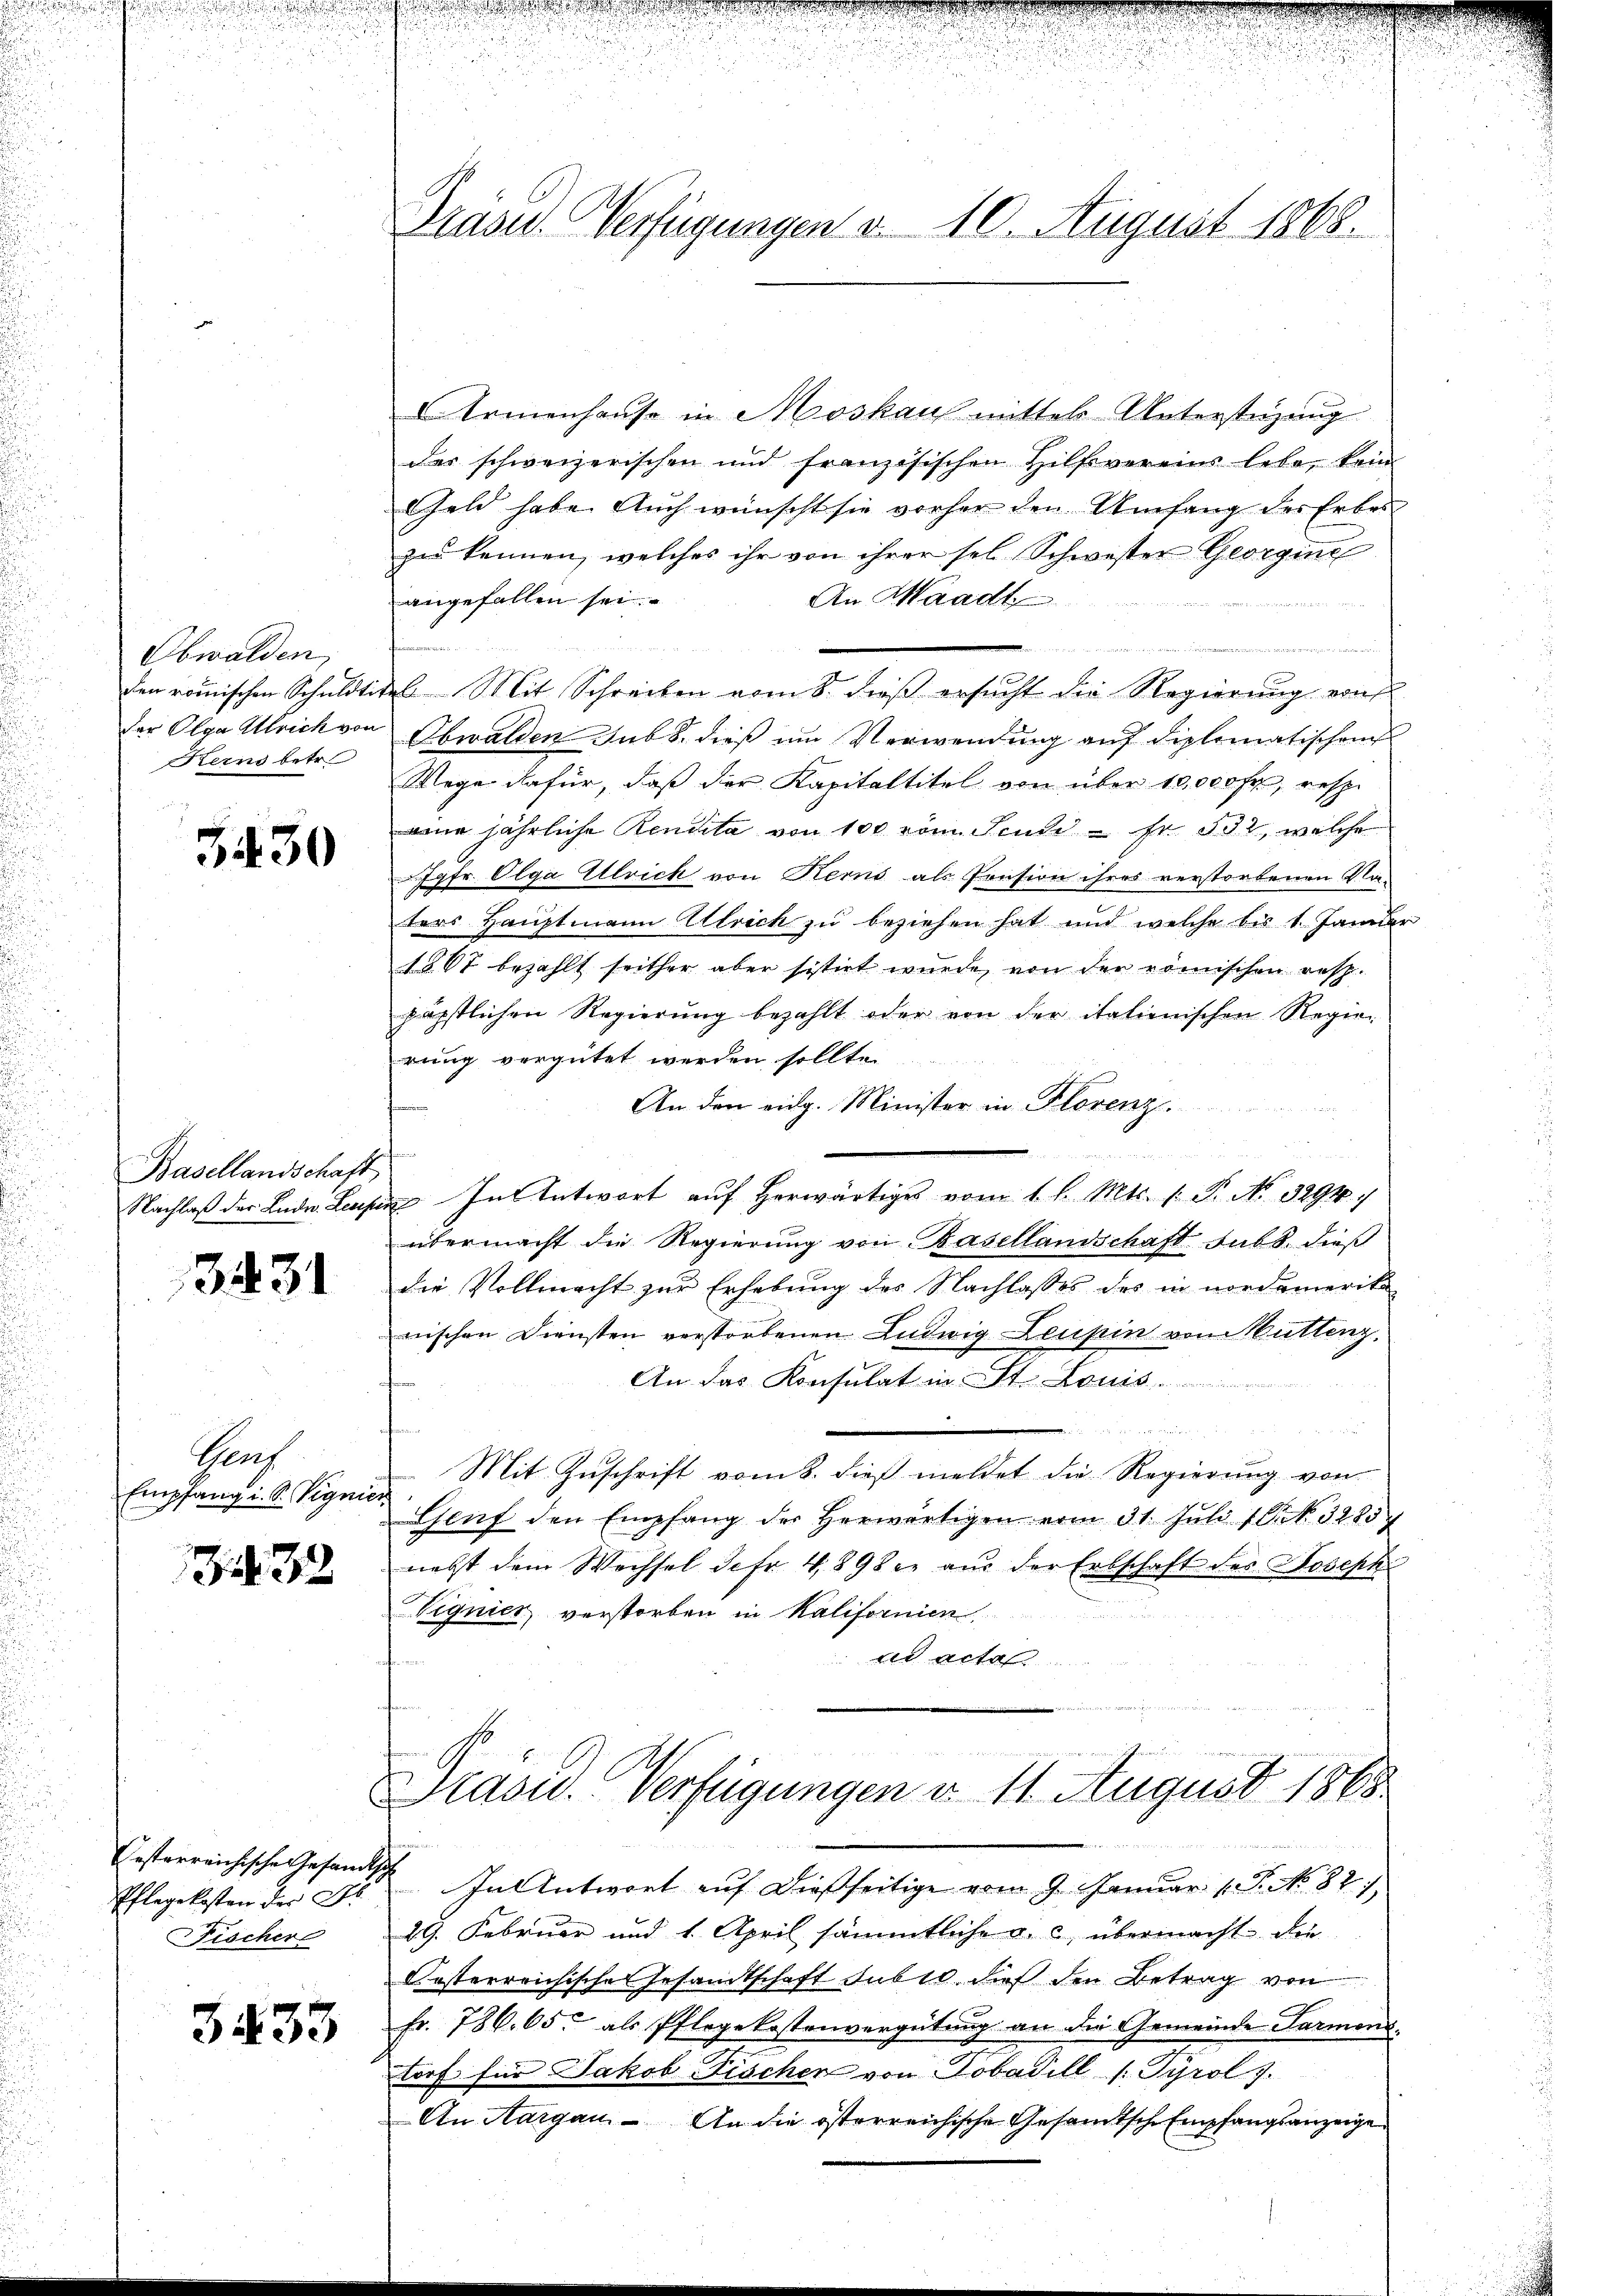
Obwalden,
den römischen Schuldti-
der Olga Ulrich von
Kerns betr

3430

Basellandschaft
Nachlaß der Lude. Lesepe

3431

Prof
Empfang i. S. Vignie

134. 32

Pflegekosten der Fi
Fischer

3433

Präsid.. Verfügungen v. 10. August 1868.

Armenhause in Moskauf mittel Unterstüzung
des schweizerischen und französischen Hilfsvereins lebe, kein
Geld habe. Auch wünscht sie vorher den Umfang des Erbes
zu kennen, welches ihr von ihrer sel. Schwester Georgine
angefallen sei.
An Waadt
des Mit Schreiben vom 8. dieß ersucht die Regierung ent
Obwalden sub 8. dieß um Verwendung auf diplomatischen
Wege dafür, daß der Kapitaltitel von über 10,000 fr., resp.
ne jährliche Rendita von 100 vom Feude - Fr. 532, welche
Jgfr. Olga Ulrich von Kerns als Pension ihres verstorbenen Naters Hauptmann Ulrich zu beziehen hat und welche bis 1. Janider
§ 67 bezahlt seither aber sistirt wurde, von den römischen resp.
päpstlichen Regierŭng bezahlt oder von der italienischen Regie-
rung vergütet werden sollte.
An den eidg. Minister in Florenz.
we in und
u
i
in In Antwort auf herwärtiges vom 1. d. Mts. 1. P. No. 3294.
übermacht die Regierung von Basellandschaft sub b. dieß
die Vollmacht zur Erhebung des Nachlasses des in nordamerika-
nischen Diensten verstorbenen Ludwig Leuhin von Muttenz.
denen
An das Konsulat in St. Louis
u

Mit Zuschrift vom 8. dieß meldet die Regierung von
Glŭf den Empfang der herwärtigen vom 31. Jŭli 16. 3285/
nebst dem Wechsel der 489 der aŭs der Erbschaft des Joseph
Vignier, verstorben in Kalifornien
ad acta
d. 1. 15. Januar 1859 der der hat des sie in der eine eine
Prasid. Verfügungen d. 11. August 1868
Oesterreichische Gesandtsch. In Antwort auf dießseitige vom 9. Januar 1. P. No. 821,
29. Februar und 1. April sämmtliche u. c. übermacht di
Kosterreichische Gesandtschaft sub 10. dieß den Betrag von
Fr. 786. 65. als Pflegekostenvergütung an die Gemeinde Parmons
toof für Jakob Fischen von Tobadill s Tyrol.
An Margau. An die österreichische Gesamtsche Empfangsanzeige